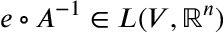
e \circ A ^ { - 1 } \in L ( V , \mathbb R ^ { n } )